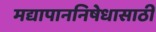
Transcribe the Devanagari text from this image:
मद्यापाननिषेधासाठीं